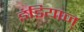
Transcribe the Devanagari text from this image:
इंडियाज्